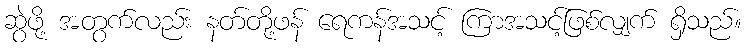
ဆွဲဖို့ အတွက်လည်း နတ်တို့ဖန် ရေကန်အသင့် ကြာအသင့်ဖြစ်လျှက် ရှိသည်။